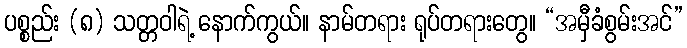
ပစ္စည်း (၈) သတ္တဝါရဲ့ နောက်ကွယ်။ နာမ်တရား ရုပ်တရားတွေ။ “အမှီခံစွမ်းအင်”